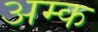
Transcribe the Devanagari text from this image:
अम्क